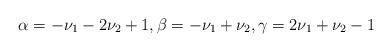
LaTeX: \begin{align*}\alpha = -\nu_1 - 2 \nu_2 + 1, \beta = -\nu_1 + \nu_2, \gamma = 2 \nu_1 + \nu_2 - 1\end{align*}